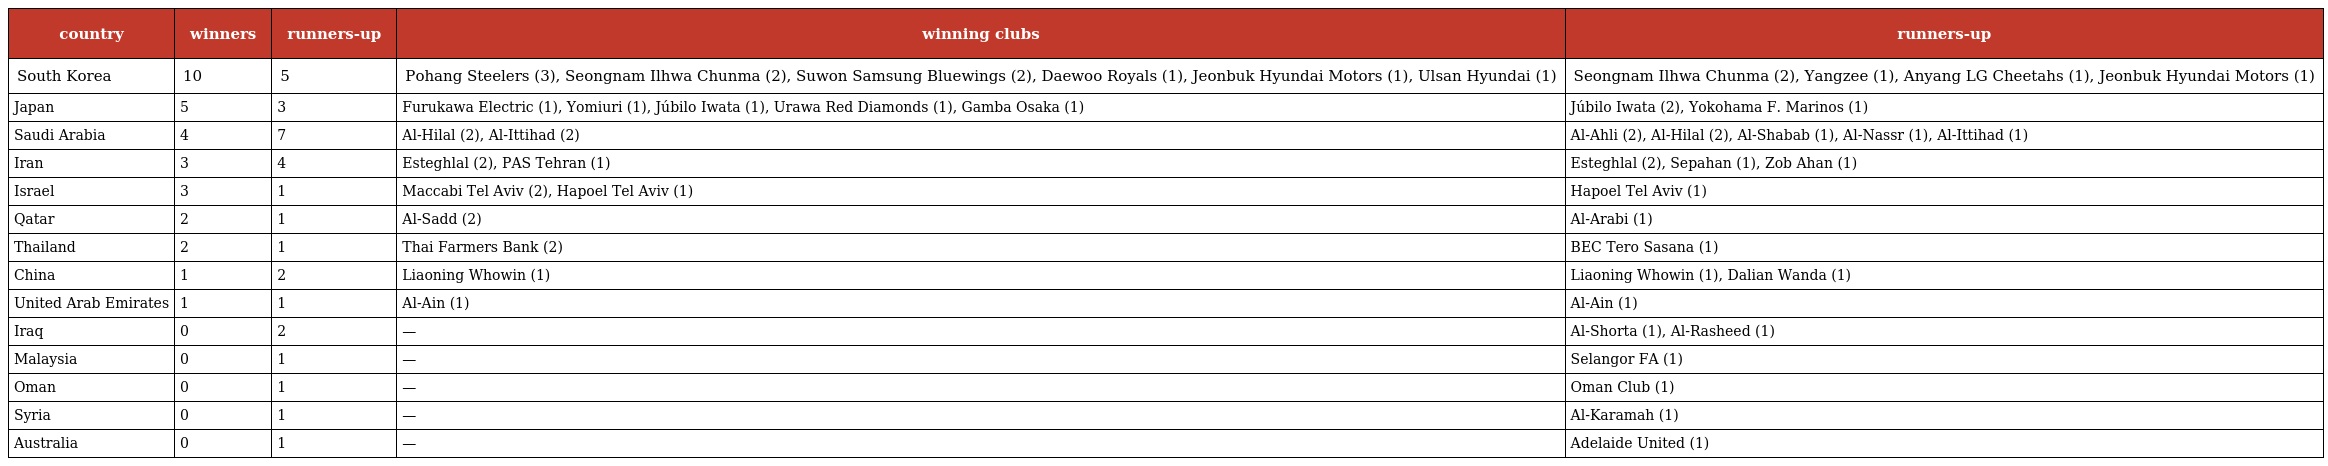
| country | winners | runners-up | winning clubs | runners-up |
 | --- | --- | --- | --- | --- |
 | South Korea | 10 | 5 | Pohang Steelers (3), Seongnam Ilhwa Chunma (2), Suwon Samsung Bluewings (2), Daewoo Royals (1), Jeonbuk Hyundai Motors (1), Ulsan Hyundai (1) | Seongnam Ilhwa Chunma (2), Yangzee (1), Anyang LG Cheetahs (1), Jeonbuk Hyundai Motors (1) |
 | Japan | 5 | 3 | Furukawa Electric (1), Yomiuri (1), Júbilo Iwata (1), Urawa Red Diamonds (1), Gamba Osaka (1) | Júbilo Iwata (2), Yokohama F. Marinos (1) |
 | Saudi Arabia | 4 | 7 | Al-Hilal (2), Al-Ittihad (2) | Al-Ahli (2), Al-Hilal (2), Al-Shabab (1), Al-Nassr (1), Al-Ittihad (1) |
 | Iran | 3 | 4 | Esteghlal (2), PAS Tehran (1) | Esteghlal (2), Sepahan (1), Zob Ahan (1) |
 | Israel | 3 | 1 | Maccabi Tel Aviv (2), Hapoel Tel Aviv (1) | Hapoel Tel Aviv (1) |
 | Qatar | 2 | 1 | Al-Sadd (2) | Al-Arabi (1) |
 | Thailand | 2 | 1 | Thai Farmers Bank (2) | BEC Tero Sasana (1) |
 | China | 1 | 2 | Liaoning Whowin (1) | Liaoning Whowin (1), Dalian Wanda (1) |
 | United Arab Emirates | 1 | 1 | Al-Ain (1) | Al-Ain (1) |
 | Iraq | 0 | 2 | — | Al-Shorta (1), Al-Rasheed (1) |
 | Malaysia | 0 | 1 | — | Selangor FA (1) |
 | Oman | 0 | 1 | — | Oman Club (1) |
 | Syria | 0 | 1 | — | Al-Karamah (1) |
 | Australia | 0 | 1 | — | Adelaide United (1) |